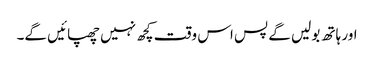
اور ہاتھ بولیں گے پس اس وقت کچھ نہیں چھپائیں گے۔